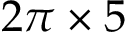
2 \pi \times 5